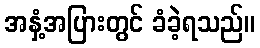
အနှံ့အပြားတွင် ခံခဲ့ရသည်။